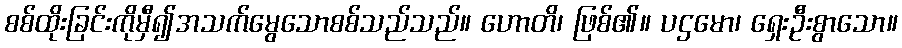
စစ်ထိုးခြင်းကိုမှီ၍အသက်မွေသောစစ်သည်သည်။ ဟောတိ၊ ဖြစ်၏။ ပဌမော၊ ရှေးဦးစွာသော။